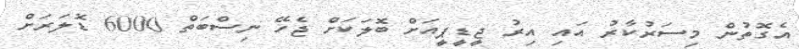
އެގޮތުން މިސަރުކާރު އައި އިރު ޖީޑީޕީއަށް ބޮލަކަށް ޖެހޭ ނިސްބަތް 6000 ޑޮލަރަށް